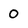
Character: 0